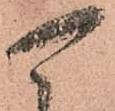
可